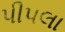
પીપલા